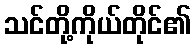
သင်တို့ကိုယ်တိုင်၏